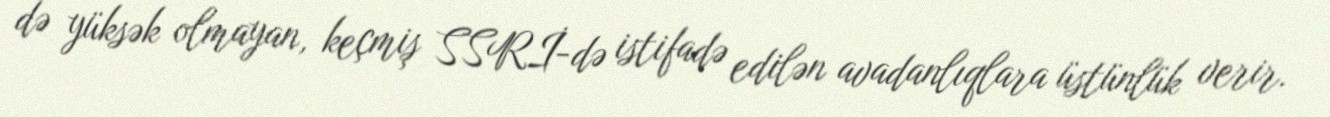
də yüksək olmayan, keçmiş SSRİ-də istifadə edilən avadanlıqlara üstünlük verir.